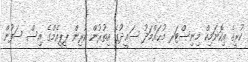
ކުރީގެ އިކޮނަމިކް މިނިސްޓަރ މުޙައްމަދު ސަޢީދުގެ އިތުރުން ކުރިން ޕީޕީއެމްގެ އިސް ސަފުން